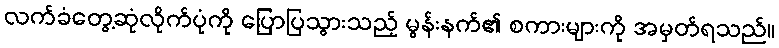
လက်ခံတွေ့ဆုံလိုက်ပုံကို ပြောပြသွားသည့် မွန်းနက်၏ စကားများကို အမှတ်ရသည်။